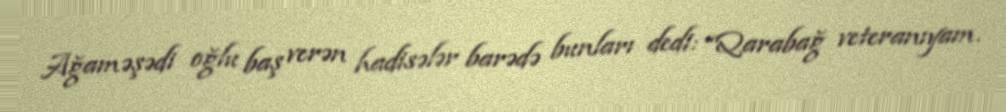
Ağaməşədi oğlu baş verən hadisələr barədə bunları dedi: “Qarabağ veteranıyam.